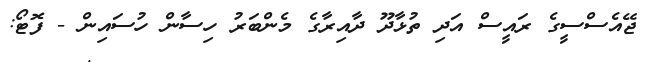
ޖޭއެސްސީގެ ރައީސް އަދި ތުޅާދޫ ދާއިރާގެ މެންބަރު ހިސާން ހުސައިން - ފޮޓޯ: